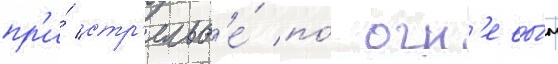
пр'и́ стр'ельб'е́ по́ огн'евы́м